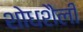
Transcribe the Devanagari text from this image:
शोधशैली